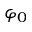
\varphi _ { 0 }